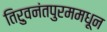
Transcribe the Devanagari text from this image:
तिरुवनंतपुरममधून